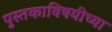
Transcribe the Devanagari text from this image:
पुस्तकाविषयीच्या